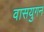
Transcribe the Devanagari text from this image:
वासयुगन